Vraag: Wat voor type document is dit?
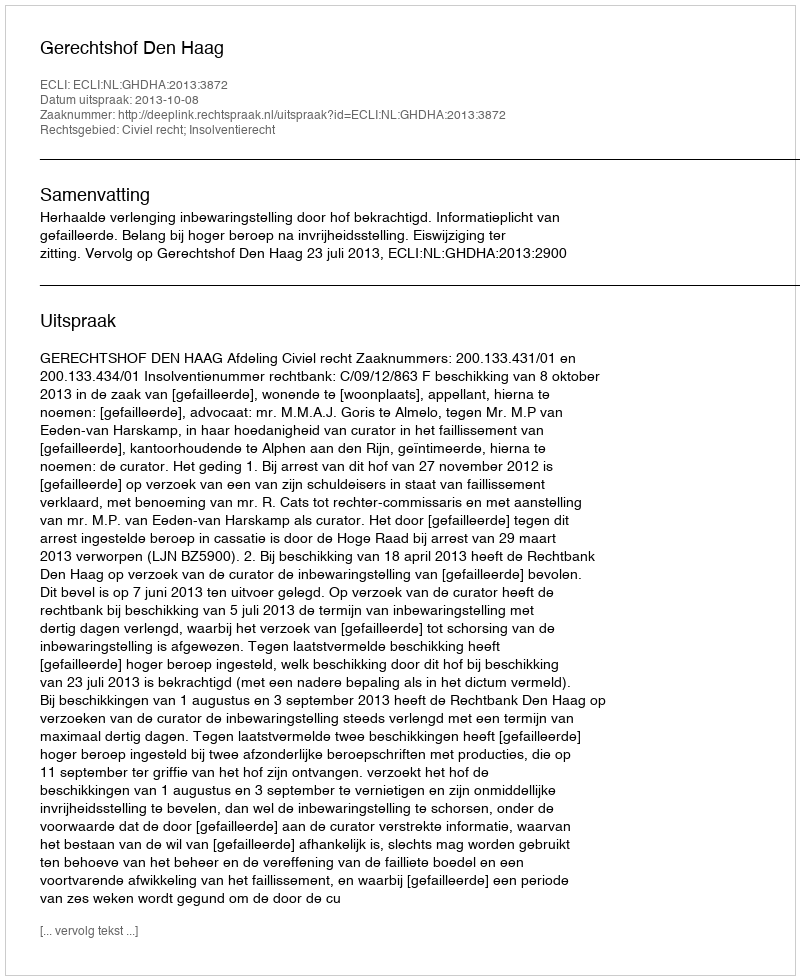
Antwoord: Uitspraak